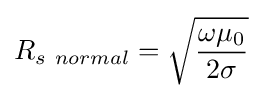
R_{s\ normal}={\sqrt {\frac {\omega \mu _{0}}{2\sigma }}}